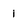
Character: 1